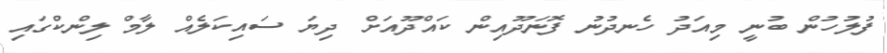
ފުލުހުން ބުނީ މިއަދު ހެނދުނު ފޮނަދޫއިން ކައްދޫއަށް ދިޔަ ސައިކަލެއް ލާމް ލިންކްގައި